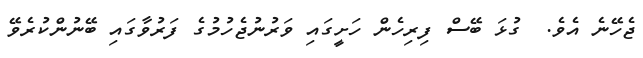
ޖެހޭނެ އެވެ.  ގުޅަ ބޭސް ފިރިހެން ހަށީގައި ވަރުނުޖެހުމުގެ ފަރުވާގައި ބޭނުންކުރެވޭ